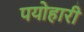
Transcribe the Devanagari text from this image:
पयोहारी